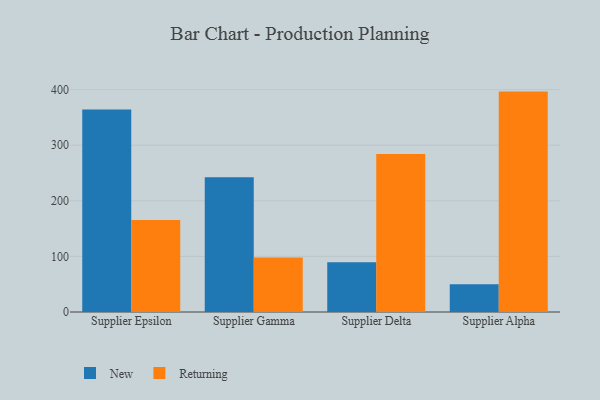
{"axis": {"x": "Supplier", "y": "Production Output"}, "legend": ["New", "Returning"], "data": [{"x": "Supplier Epsilon", "y": 364.3, "type": "New"}, {"x": "Supplier Epsilon", "y": 165.6, "type": "Returning"}, {"x": "Supplier Gamma", "y": 242.3, "type": "New"}, {"x": "Supplier Gamma", "y": 98.1, "type": "Returning"}, {"x": "Supplier Delta", "y": 89.4, "type": "New"}, {"x": "Supplier Delta", "y": 284.1, "type": "Returning"}, {"x": "Supplier Alpha", "y": 50.0, "type": "New"}, {"x": "Supplier Alpha", "y": 396.4, "type": "Returning"}]}